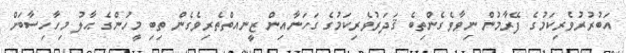
އަބުރުރުވެރިކަމުގެ ފޭރާމުން ނިވާވެގެންތިބެ ޤަދަރުވެރިކަމުގެ ގަހަނާއިން ޒީނއތްތެރިވެގެން ތިބި މީހުންގެ ޙާލު މިހާހިސާބަށް